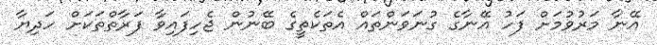
އޭނާ މަރުވުމަށް ފަހު އޭނާގެ ގުނަވަންތައް އެތަކެތީގެ ބޭނުން ޖެހިފައިވާ ފަރާތްތަކަށް ހަދިޔާ